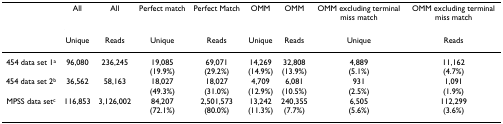
<table><thead><tr><td></td><td><b>All</b></td><td><b>All</b></td><td><b>Perfect match</b></td><td><b>Perfect Match</b></td><td><b>OMM</b></td><td><b>OMM</b></td><td><b>OMM excluding terminal miss match</b></td><td><b>OMM excluding terminal miss match</b></td></tr><tr><td></td><td><b>Unique</b></td><td><b>Reads</b></td><td><b>Unique</b></td><td><b>Reads</b></td><td><b>Unique</b></td><td><b>Reads</b></td><td><b>Unique</b></td><td><b>Reads</b></td></tr></thead><tbody><tr><td>454 data set 1<sup>a</sup></td><td>96,080</td><td>236,245</td><td>19,085(19.9%)</td><td>69,071(29.2%)</td><td>14,269(14.9%)</td><td>32,808(13.9%)</td><td>4,889(5.1%)</td><td>11,162(4.7%)</td></tr><tr><td>454 data set 2<sup>b</sup></td><td>36,562</td><td>58,163</td><td>18,027(49.3%)</td><td>18,027(31.0%)</td><td>4,709(12.9%)</td><td>6,081(10.5%)</td><td>931(2.5%)</td><td>1,091(1.9%)</td></tr><tr><td>MPSS data set<sup>c</sup></td><td>116,853</td><td>3,126,002</td><td>84,207(72.1%)</td><td>2,501,573(80.0%)</td><td>13,242(11.3%)</td><td>240,355(7.7%)</td><td>6,505(5.6%)</td><td>112,299(3.6%)</td></tr></tbody></table>